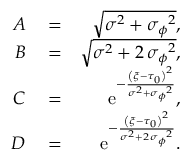
\begin{array} { r l r } { A } & { { } = } & { \sqrt { { \sigma } ^ { 2 } + { { \sigma _ { \phi } } } ^ { 2 } } , } \\ { B } & { { } = } & { \sqrt { { \sigma } ^ { 2 } + 2 \, { { \sigma _ { \phi } } } ^ { 2 } } , } \\ { C } & { { } = } & { { \mathrm { e } ^ { - { \frac { \left( { \xi } - { \tau _ { 0 } } \right) ^ { 2 } } { { \sigma } ^ { 2 } + { { \sigma _ { \phi } } } ^ { 2 } } } } } , } \\ { D } & { { } = } & { { \mathrm { e } ^ { - { \frac { \left( { \xi } - { \tau _ { 0 } } \right) ^ { 2 } } { { \sigma } ^ { 2 } + 2 \, { { \sigma _ { \phi } } } ^ { 2 } } } } } . } \end{array}